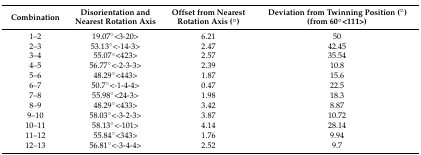
<table><thead><tr><td><b>Combination</b></td><td><b>Disorientation and Nearest Rotation Axis</b></td><td><b>Offset from Nearest Rotation Axis (°)</b></td><td><b>Deviation from Twinning Position (°) (from 60°&lt;111&gt;)</b></td></tr></thead><tbody><tr><td>1–2</td><td>19.07°&lt;3-20&gt;</td><td>6.21</td><td>50</td></tr><tr><td>2–3</td><td>53.13°&lt;-14-3&gt;</td><td>2.47</td><td>42.45</td></tr><tr><td>3–4</td><td>55.07°&lt;423&gt;</td><td>2.57</td><td>35.54</td></tr><tr><td>4–5</td><td>56.77°&lt;-2-3-3&gt;</td><td>2.39</td><td>10.8</td></tr><tr><td>5–6</td><td>48.29°&lt;443&gt;</td><td>1.87</td><td>15.6</td></tr><tr><td>6–7</td><td>50.7°&lt;-1-4-4&gt;</td><td>0.47</td><td>22.5</td></tr><tr><td>7–8</td><td>55.98°&lt;24-3&gt;</td><td>1.98</td><td>18.3</td></tr><tr><td>8–9</td><td>48.29°&lt;433&gt;</td><td>3.42</td><td>8.87</td></tr><tr><td>9–10</td><td>58.03°&lt;-3-2-3&gt;</td><td>3.87</td><td>10.72</td></tr><tr><td>10–11</td><td>58.13°&lt;-101&gt;</td><td>4.14</td><td>28.14</td></tr><tr><td>11–12</td><td>55.84°&lt;343&gt;</td><td>1.76</td><td>9.94</td></tr><tr><td>12–13</td><td>56.81°&lt;-3-4-4&gt;</td><td>2.52</td><td>9.7</td></tr></tbody></table>